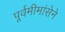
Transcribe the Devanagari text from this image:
पूर्वमीमांसेने